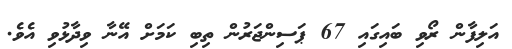
އަލިފާން ރޯވި ބައިގައި 67 ޕަސިންޖަރުން ތިބި ކަމަށް އޭނާ ވިދާޅުވި އެވެ.